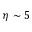
\eta \sim 5